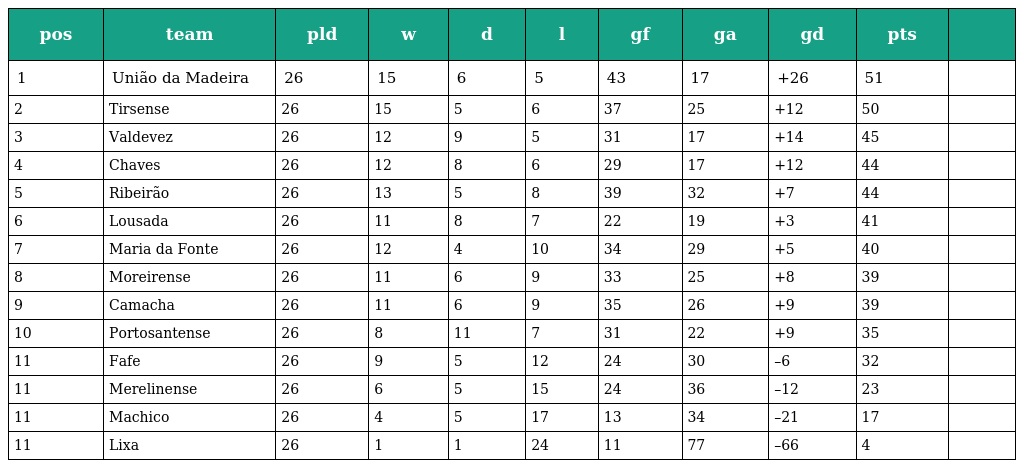
| pos | team | pld | w | d | l | gf | ga | gd | pts |  |
 | --- | --- | --- | --- | --- | --- | --- | --- | --- | --- | --- |
 | 1 | União da Madeira | 26 | 15 | 6 | 5 | 43 | 17 | +26 | 51 |  |
 | 2 | Tirsense | 26 | 15 | 5 | 6 | 37 | 25 | +12 | 50 |  |
 | 3 | Valdevez | 26 | 12 | 9 | 5 | 31 | 17 | +14 | 45 |  |
 | 4 | Chaves | 26 | 12 | 8 | 6 | 29 | 17 | +12 | 44 |  |
 | 5 | Ribeirão | 26 | 13 | 5 | 8 | 39 | 32 | +7 | 44 |  |
 | 6 | Lousada | 26 | 11 | 8 | 7 | 22 | 19 | +3 | 41 |  |
 | 7 | Maria da Fonte | 26 | 12 | 4 | 10 | 34 | 29 | +5 | 40 |  |
 | 8 | Moreirense | 26 | 11 | 6 | 9 | 33 | 25 | +8 | 39 |  |
 | 9 | Camacha | 26 | 11 | 6 | 9 | 35 | 26 | +9 | 39 |  |
 | 10 | Portosantense | 26 | 8 | 11 | 7 | 31 | 22 | +9 | 35 |  |
 | 11 | Fafe | 26 | 9 | 5 | 12 | 24 | 30 | –6 | 32 |  |
 | 11 | Merelinense | 26 | 6 | 5 | 15 | 24 | 36 | –12 | 23 |  |
 | 11 | Machico | 26 | 4 | 5 | 17 | 13 | 34 | –21 | 17 |  |
 | 11 | Lixa | 26 | 1 | 1 | 24 | 11 | 77 | –66 | 4 |  |